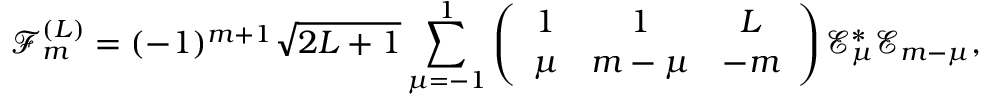
{ \mathcal { F } } _ { m } ^ { ( L ) } = ( - 1 ) ^ { m + 1 } \sqrt { 2 L + 1 } \sum _ { \mu = - 1 } ^ { 1 } \left( \begin{array} { c c c } { 1 } & { 1 } & { L } \\ { \mu } & { m - \mu } & { - m } \end{array} \right) \mathcal { E } _ { \mu } ^ { \ast } \mathcal { E } _ { m - \mu } ,